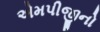
એમપીજીનો